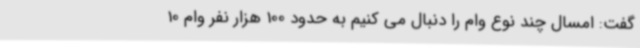
گفت: امسال چند نوع وام را دنبال می کنیم به حدود 100 هزار نفر وام 10